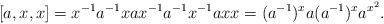
LaTeX: \begin{align*} [a, x, x] = x^{-1} a^{-1} x a x^{-1} a^{-1} x^{-1} a x x =(a^{-1})^x a (a^{-1})^x a^{x^2}.\end{align*}